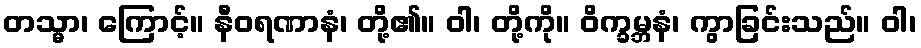
တသ္မာ၊ ကြောင့်။ နီဝရဏာနံ၊ တို့၏။ ဝါ၊ တို့ကို။ ဝိက္ခမ္ဘနံ၊ ကွာခြင်းသည်။ ဝါ၊